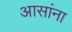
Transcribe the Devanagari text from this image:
आसांना